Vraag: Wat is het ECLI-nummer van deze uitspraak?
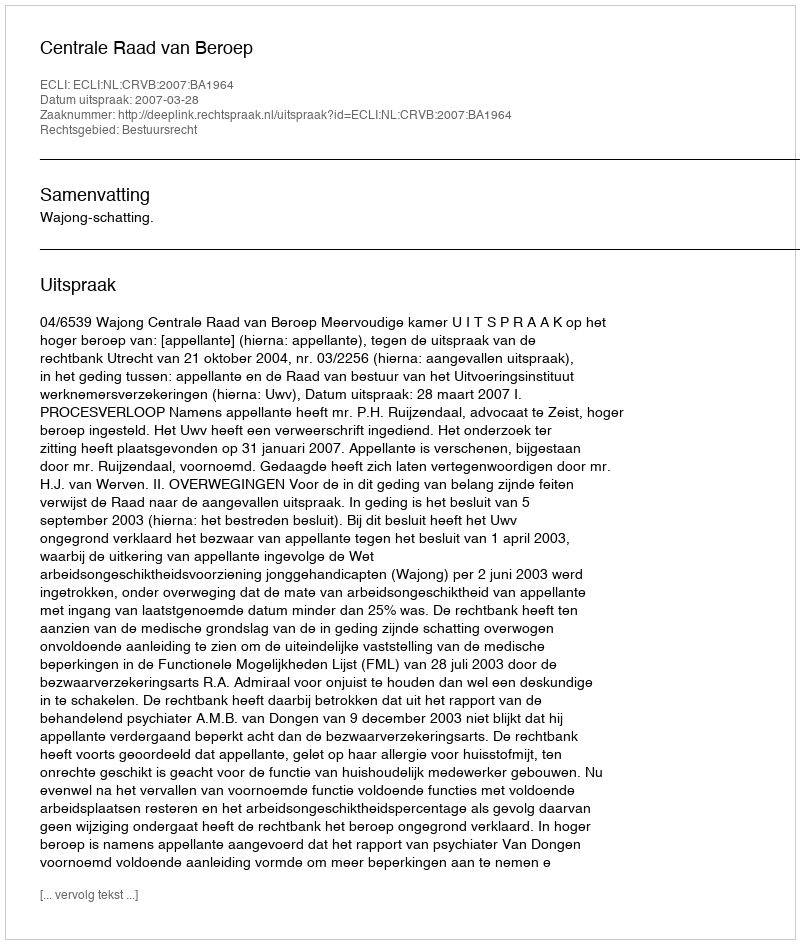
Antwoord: ECLI:NL:CRVB:2007:BA1964